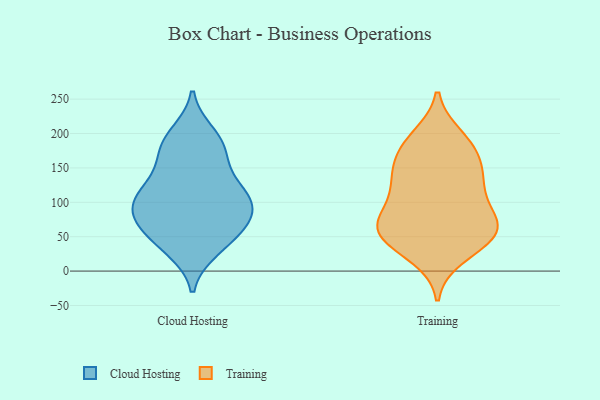
{"axis": {"x": "Latency (ms)", "y": "Value"}, "legend": ["Cloud Hosting", "Training"], "data": [{"x": "", "y": 105, "type": "Cloud Hosting"}, {"x": "", "y": 172, "type": "Cloud Hosting"}, {"x": "", "y": 32, "type": "Cloud Hosting"}, {"x": "", "y": 74, "type": "Cloud Hosting"}, {"x": "", "y": 151, "type": "Cloud Hosting"}, {"x": "", "y": 37, "type": "Cloud Hosting"}, {"x": "", "y": 49, "type": "Cloud Hosting"}, {"x": "", "y": 188, "type": "Cloud Hosting"}, {"x": "", "y": 118, "type": "Cloud Hosting"}, {"x": "", "y": 78, "type": "Cloud Hosting"}, {"x": "", "y": 105, "type": "Cloud Hosting"}, {"x": "", "y": 199, "type": "Cloud Hosting"}, {"x": "", "y": 85, "type": "Cloud Hosting"}, {"x": "", "y": 60, "type": "Cloud Hosting"}, {"x": "", "y": 108, "type": "Cloud Hosting"}, {"x": "", "y": 86, "type": "Cloud Hosting"}, {"x": "", "y": 182, "type": "Cloud Hosting"}, {"x": "", "y": 125, "type": "Cloud Hosting"}, {"x": "", "y": 132, "type": "Training"}, {"x": "", "y": 144, "type": "Training"}, {"x": "", "y": 137, "type": "Training"}, {"x": "", "y": 98, "type": "Training"}, {"x": "", "y": 22, "type": "Training"}, {"x": "", "y": 53, "type": "Training"}, {"x": "", "y": 53, "type": "Training"}, {"x": "", "y": 77, "type": "Training"}, {"x": "", "y": 181, "type": "Training"}, {"x": "", "y": 195, "type": "Training"}, {"x": "", "y": 103, "type": "Training"}, {"x": "", "y": 136, "type": "Training"}, {"x": "", "y": 171, "type": "Training"}, {"x": "", "y": 58, "type": "Training"}, {"x": "", "y": 186, "type": "Training"}, {"x": "", "y": 67, "type": "Training"}, {"x": "", "y": 36, "type": "Training"}, {"x": "", "y": 66, "type": "Training"}, {"x": "", "y": 57, "type": "Training"}]}